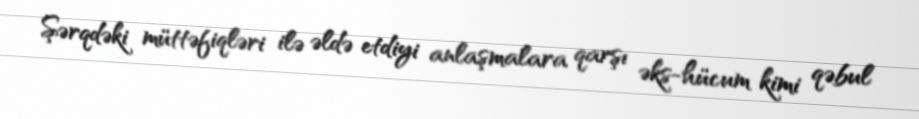
Şərqdəki müttəfiqləri ilə əldə etdiyi anlaşmalara qarşı əks-hücum kimi qəbul